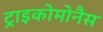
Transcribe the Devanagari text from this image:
ट्राइकोमोनैस